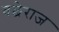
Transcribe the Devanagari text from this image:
बछेराज